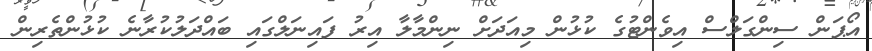
އޯޕަން ސިންގަލްސް އިވެންޓުގެ ކުޅުން މިއަދަށް ނިންމާލާ އިރު ފައިނަލްގައި ބައްދަލުކުރާނެ ކުޅުންތެރިން